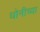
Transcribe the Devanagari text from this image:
धोनीच्या